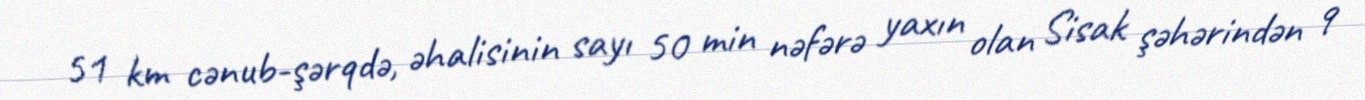
51 km cənub-şərqdə, əhalisinin sayı 50 min nəfərə yaxın olan Sisak şəhərindən 9